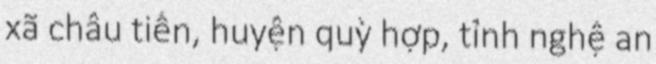
xã châu tiến, huyện quỳ hợp, tỉnh nghệ an